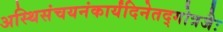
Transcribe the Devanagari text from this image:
अस्थिसंचयनंकार्यंदिनेतद्गोत्रजैः